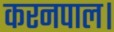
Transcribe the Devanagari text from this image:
करनपाल।